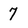
Character: 7